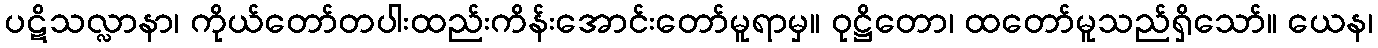
ပဋိသလ္လာနာ၊ ကိုယ်တော်တပါးထည်းကိန်းအောင်းတော်မူရာမှ။ ဝုဋ္ဌိတော၊ ထတော်မူသည်ရှိသော်။ ယေန၊